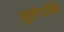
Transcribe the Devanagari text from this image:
तुष्टोऽस्मि